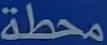
محطة